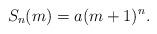
LaTeX: \begin{align*} S_{n}(m)=a(m+1)^n.\end{align*}